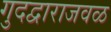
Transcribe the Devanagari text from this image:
गुदद्वाराजवळ